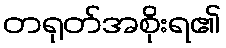
တရုတ်အစိုးရ၏